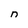
Character: n